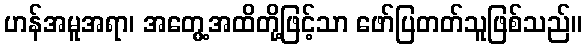
ဟန်အမူအရာ၊ အတွေ့အထိတို့ဖြင့်သာ ဖော်ပြတတ်သူဖြစ်သည်။